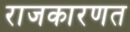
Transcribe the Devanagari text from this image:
राजकारणत